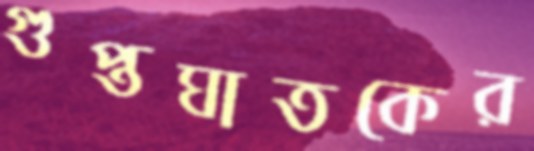
গুপ্তঘাতকের